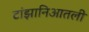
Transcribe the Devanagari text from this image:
टांझानिआतली